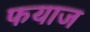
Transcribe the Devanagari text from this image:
फयाज